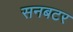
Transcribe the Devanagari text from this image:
सनबटर